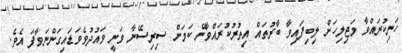
ހަނިކުރައްވާ މަޖިލިހަށް ލިބިފައިވާ ބާރުތައް އިތުރުކުރައްވާނޭ ކަމަށް ސިރިސޭނާ ވަނީ ވައުދުވެވަޑައިގަންނަވާފަ އެވެ.